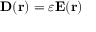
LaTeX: \mathbf { D ( r ) } = \varepsilon \mathbf { E ( r ) }